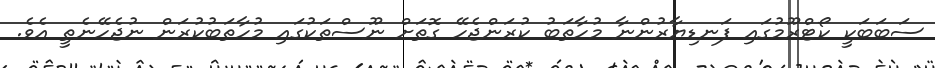
ސަބަބަކީ ކޯޓްރޫމުގައި ފަނޑިޔާރުންނާ މުހާތަބު ކުރަންޖެހޭ ގޮތަށް ނޫސްތަކުގައި މުހާތަބުކުރަން ނުޖެހޭނެތީ އެވެ.